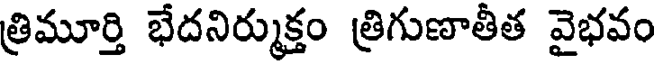
త్రిమూర్తి భేదనిర్ముక్తం త్రిగుణాతీత వైభవం